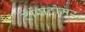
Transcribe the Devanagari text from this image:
ट्रांसटोमर